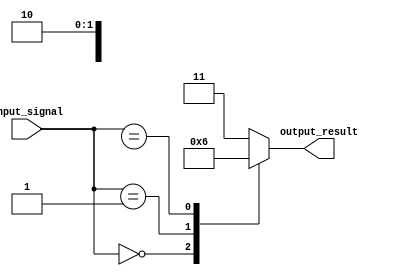
module casez_statement (
    input wire [2:0] input_signal,
    output reg [1:0] output_result
);

always @* begin
    casez(input_signal)
        3'b000: output_result = 2'b00; // Exact matching condition
        3'b001: output_result = 2'b01; // Exact matching condition
        3'bx10: output_result = 2'b10; // Don't care matching condition
        default: output_result = 2'b11; // Default condition
    endcase
end

endmodule